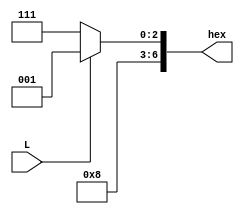
module LookUp(L, hex);

	input L;
	output [6:0] hex;
	reg [6:0] LUT [4:0];
	

  
  
  assign hex = (L) ? 7'b1000001: 7'b1000111; 

endmodule